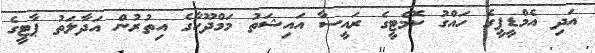
އަދި އެމްޑީޕީގެ ހައްގު ކޮމެޓީގެ ރައީސާ އައިޝަތު މަމްދޫހާގެ އިތުރުން އަދާލަތު ޕާޓީގެ